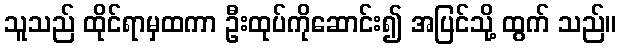
သူသည် ထိုင်ရာမှထကာ ဦးထုပ်ကိုဆောင်း၍ အပြင်သို့ ထွက် သည်။